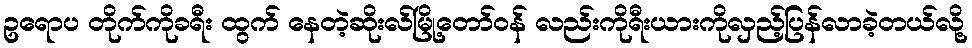
ဥရောပ တိုက်ကိုခရီး ထွက် နေတဲ့ဆိုးလ်မြို့တော်ဝန် လည်းကိုရီးယားကိုလှည့်ပြန်လာခဲ့တယ်လို့